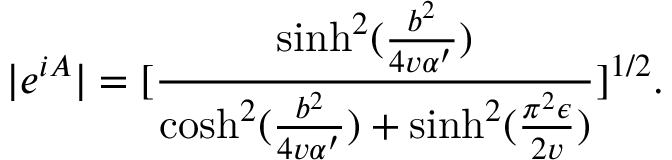
| e ^ { i A } | = [ \frac { \sinh ^ { 2 } ( \frac { b ^ { 2 } } { 4 v \alpha ^ { \prime } } ) } { \cosh ^ { 2 } ( \frac { b ^ { 2 } } { 4 v \alpha ^ { \prime } } ) + \sinh ^ { 2 } ( \frac { \pi ^ { 2 } \epsilon } { 2 v } ) } ] ^ { 1 / 2 } .